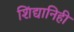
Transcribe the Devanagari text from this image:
शिंद्यानिही